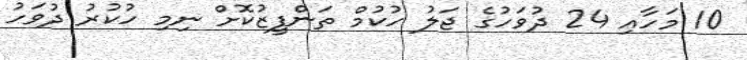
10 މަހާއި 24 ދުވަހުގެ ޖަލު ހުކުމް ތަންފީޒުކޮށް ނިމި ހުކުރު ދުވަހު